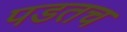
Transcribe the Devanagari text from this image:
पडतच